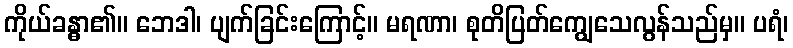
ကိုယ်ခန္ဓာ၏။ ဘေဒါ၊ ပျက်ခြင်းကြောင့်။ မရဏာ၊ စုတိပြတ်ကျွေသေလွန်သည်မှ။ ပရံ၊